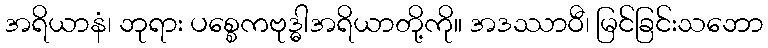
အရိယာနံ၊ ဘုရား ပစ္စေကဗုဒ္ဓါအရိယာတို့ကို။ အဒဿာဝီ၊ မြင်ခြင်းသဘော